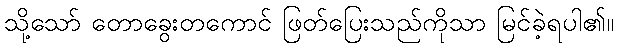
သို့သော် တောခွေးတကောင် ဖြတ်ပြေးသည်ကိုသာ မြင်ခဲ့ရပါ၏။